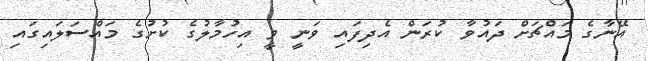
އޭނާގެ މައްޗަށް ދައުވާ ކުރަން އެދިފައި ވަނީ ވީ އިހުމާލުގެ ކުށުގެ މައްސަލައިގައި